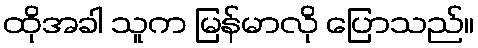
ထိုအခါ သူက မြန်မာလို ပြောသည်။